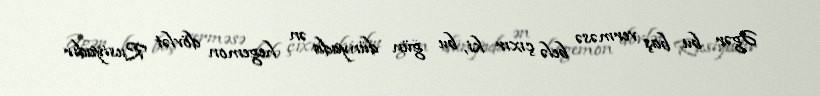
Əgər bu baş verməsə belə çıxır ki, bu gün dünyada ən hegemon dövlət Rusiyadır